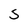
Character: S